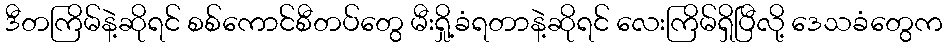
ဒီတကြိမ်နဲ့ဆိုရင် စစ်ကောင်စီတပ်တွေ မီးရှို့ခံရတာနဲ့ဆိုရင် လေးကြိမ်ရှိပြီလို့ ဒေသခံတွေက